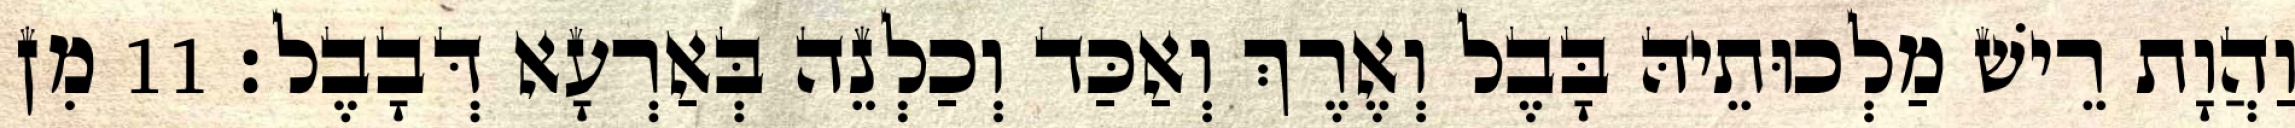
וַהֲוָת רֵישׁ מַלְכוּתֵיהּ בָּבֶל וְאֶרֶךְ וְאַכַּד וְכַלְנֵה בְּאַרְעָא דְּבָבֶל׃ 11 מִן